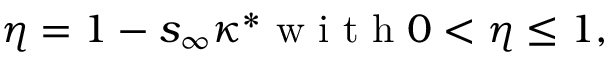
\begin{array} { r } { \eta = 1 - s _ { \infty } \kappa ^ { * } \mathrm { ~ w ~ i ~ t ~ h ~ } 0 < \eta \leq 1 , } \end{array}